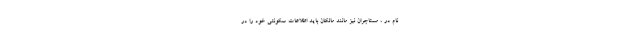
نام در ، مستاجران نیز مانند مالکان باید اطلاعات سکونتی خود را در